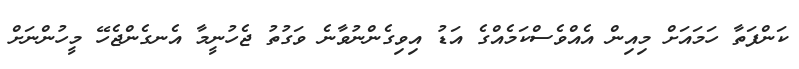
ކަންފަތާ ހަމައަށް މިއިން އެއްވެސްކަމެއްގެ އަޑު އިވިގެންނުވާނެ ވަގުތު ޖެހުނީމާ އެނގެންޖެހޭ މީހުންނަށް